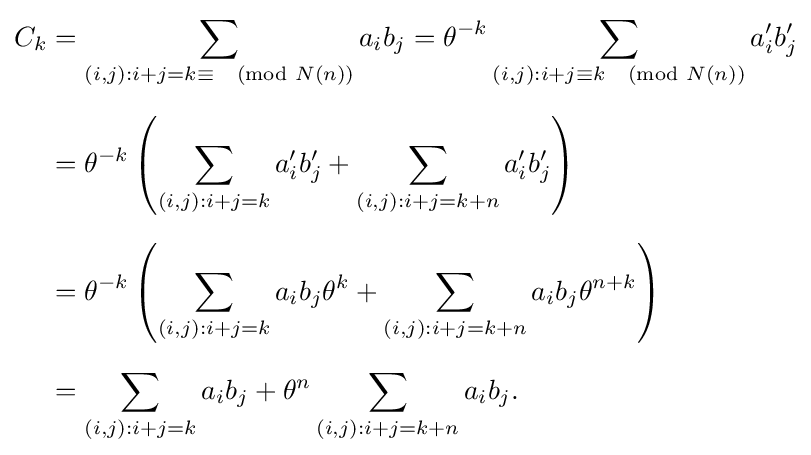
{\begin{aligned}C_{k}&=\sum _{(i,j):i+j=k\equiv {\pmod {N(n)}}}a_{i}b_{j}=\theta ^{-k}\sum _{(i,j):i+j\equiv k{\pmod {N(n)}}}a_{i}'b_{j}'\\[6pt]&=\theta ^{-k}\left(\sum _{(i,j):i+j=k}a_{i}'b_{j}'+\sum _{(i,j):i+j=k+n}a_{i}'b_{j}'\right)\\[6pt]&=\theta ^{-k}\left(\sum _{(i,j):i+j=k}a_{i}b_{j}\theta ^{k}+\sum _{(i,j):i+j=k+n}a_{i}b_{j}\theta ^{n+k}\right)\\[6pt]&=\sum _{(i,j):i+j=k}a_{i}b_{j}+\theta ^{n}\sum _{(i,j):i+j=k+n}a_{i}b_{j}.\end{aligned}}